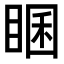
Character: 𥇘